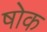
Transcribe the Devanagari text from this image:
षोक